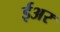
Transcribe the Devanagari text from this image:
ईअर